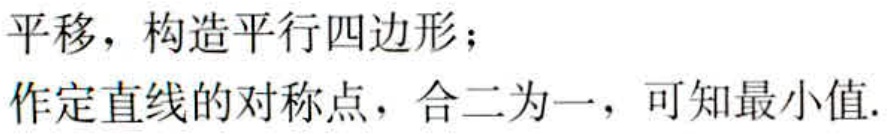
平移，构造平行四边形；

作定直线的对称点，合二为一，可知最小值.